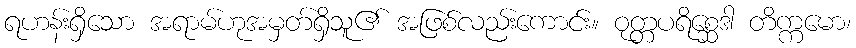
ရဟန်းရှိသော အရာမ်ဟုအမှတ်ရှိသူ၏ အဖြစ်လည်းကောင်း။ ဝုတ္တပရိစ္ဆေဒါ တိက္ကမော၊